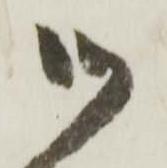
御